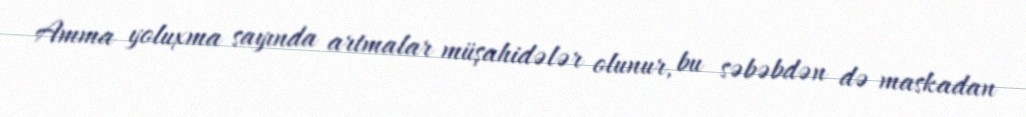
Amma yoluxma sayında artmalar müşahidələr olunur, bu səbəbdən də maskadan